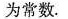
为常数.